Uue-Poltsamaa_vallakohus, lk 68
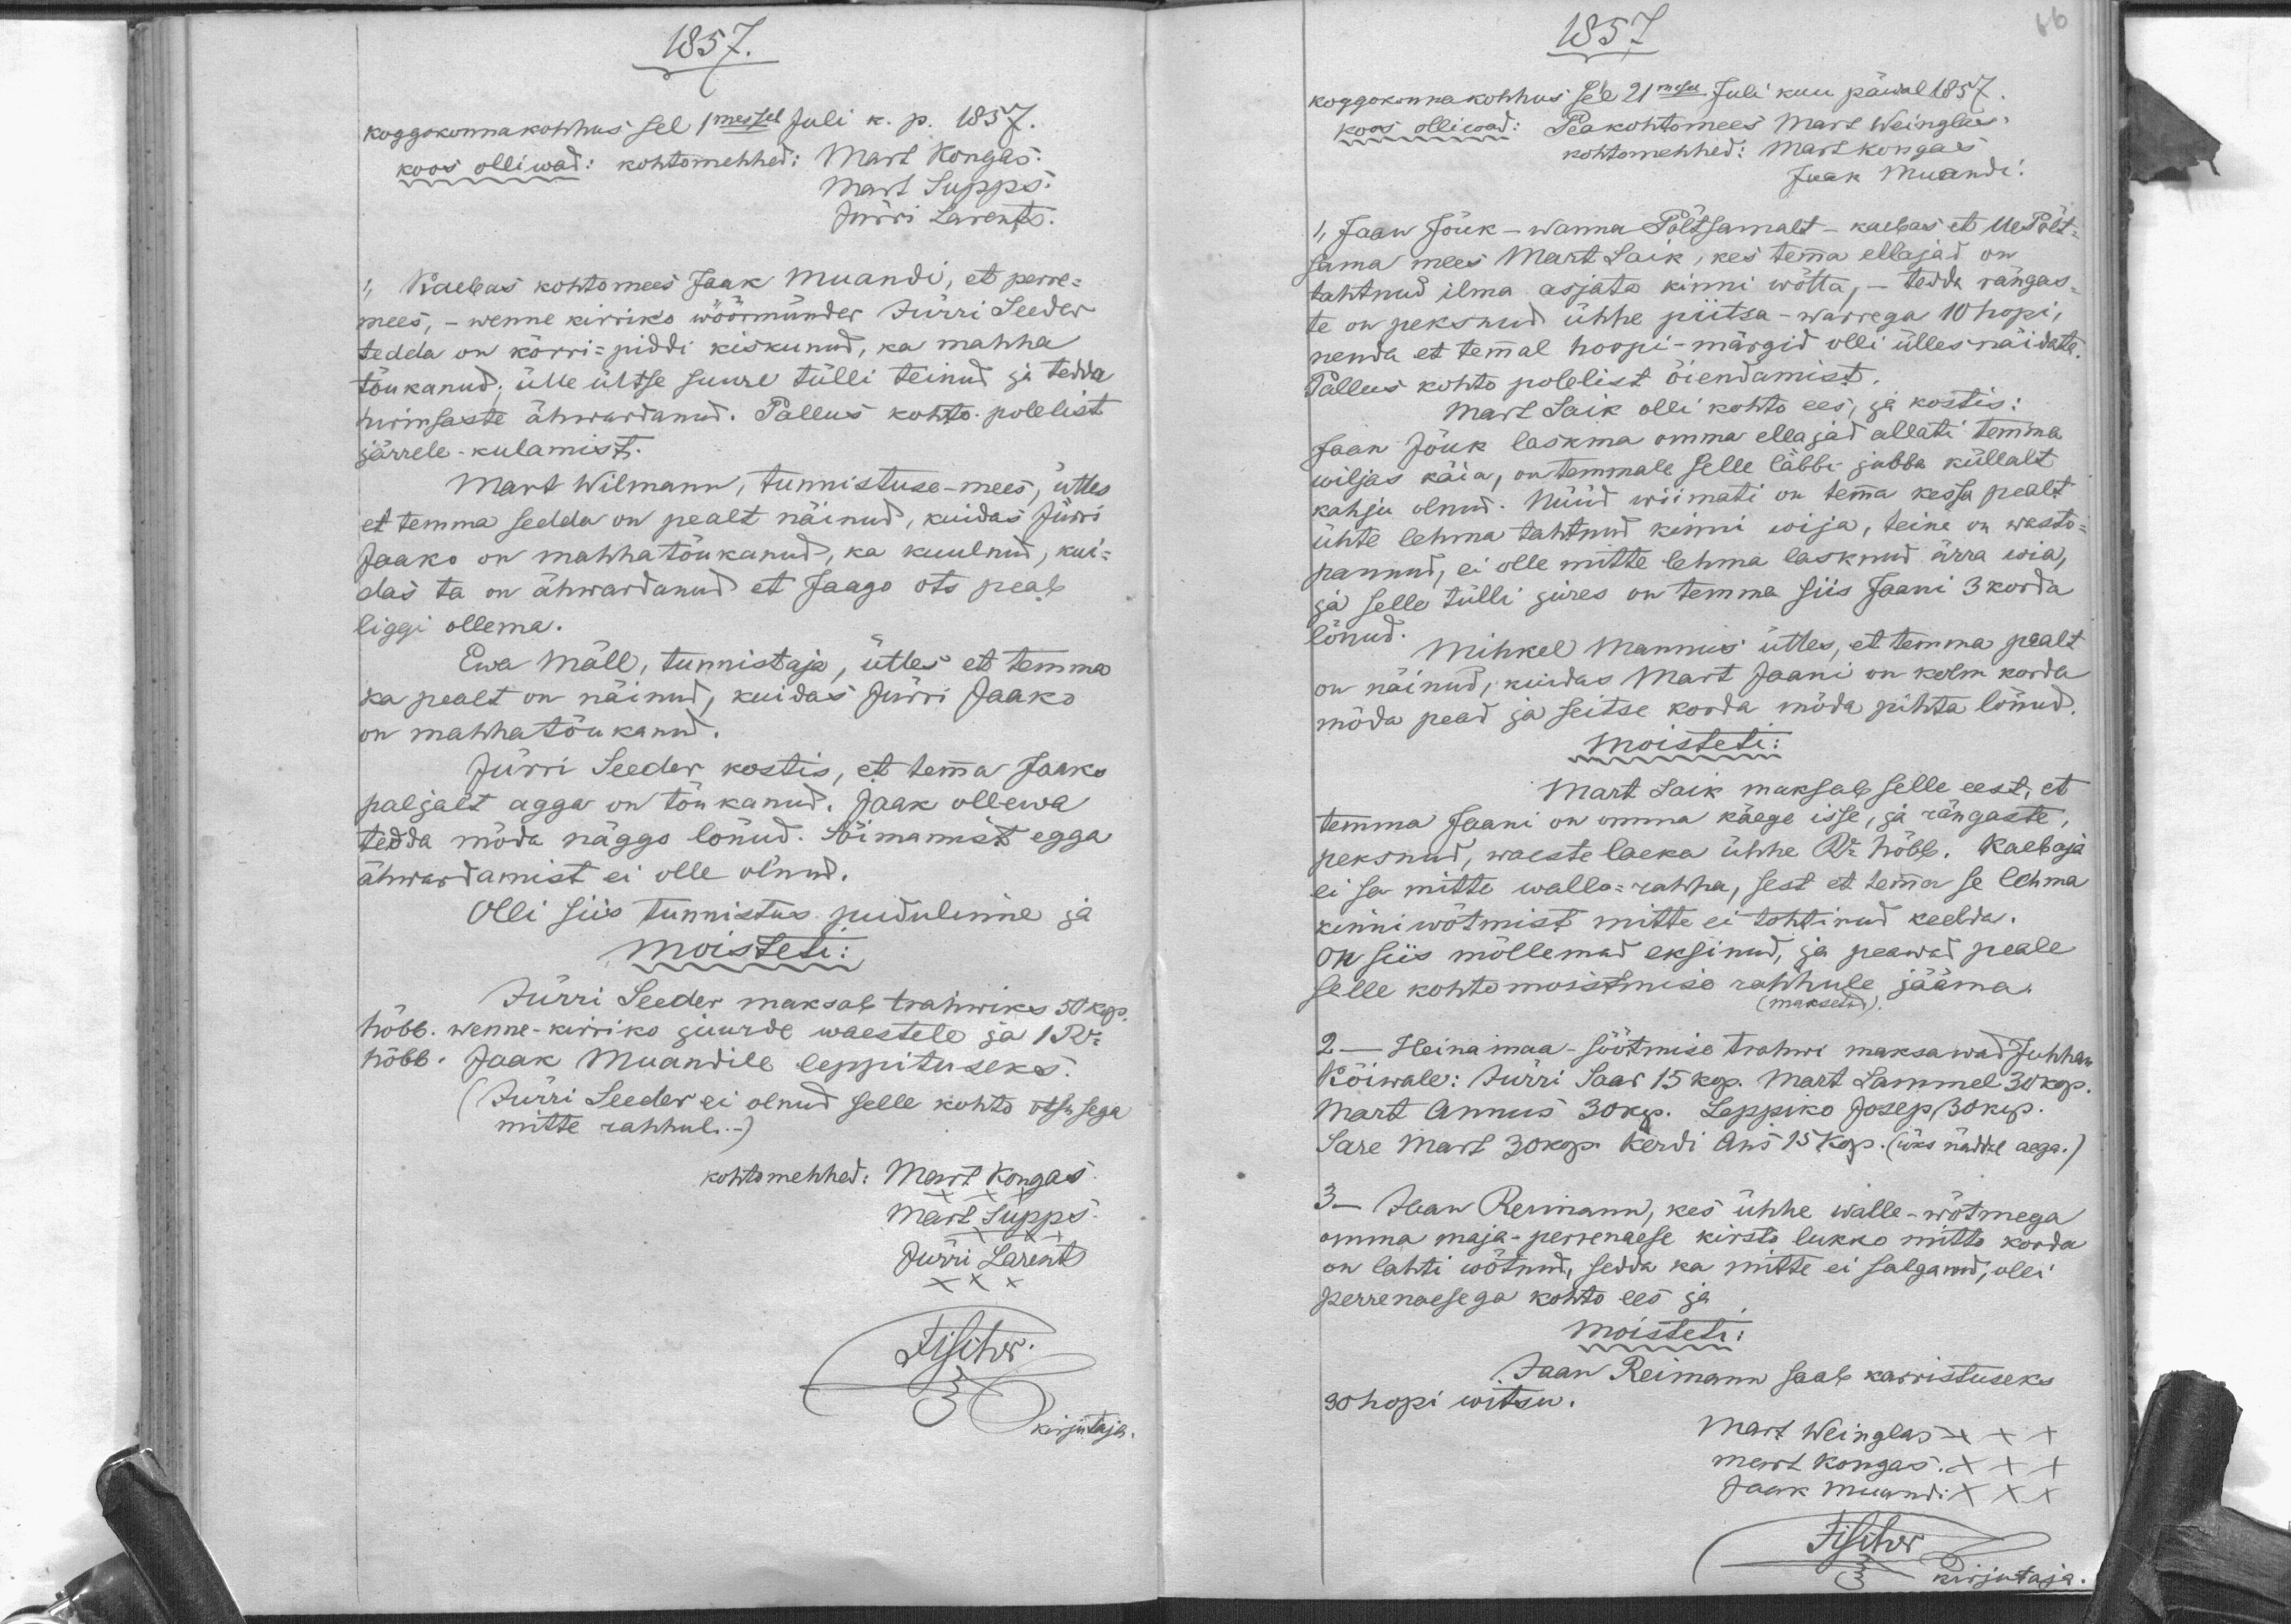
1857.
koggokonnakohhus sel 1messel Juli k. p. 1857.
Mart Kongas
koos olliwad: kohtomehhed:
Mart Supps.
Jürri Larents.
Kaebas kohtomees Jaak Muandi, et perre-
mees, - Wenne kirriko wöörmünder Jürri Seeder
tedda on kõrri-piddi kiskunud, ka mahha
tõukanud, ülle ültse suure tülli teinud ja tedda
hirmsaste ähwardanud. Pallus kohto polelist
järrele-kulamist.
Mart Wilmann tunnistuse-mees, ütles
et temma sedda on pealt näinud, kuidas Jürri
Jaako on mahha tõukanud, ka kuulnud, kui-
das ta on ähwardanud et Jaago ots peab
liggi ollema.
Ewa Mäll, tunnistaja, ütles et temma
ka pealt on näinud, kuidas Jürri Jaako
on mahhatõukanud.
Jürri Seeder kostis, et temma Jaako
paljalt agga on tõukanud. Jaak ollewa
tedda möda näggo lönud. Sõimamast egga
ähwardamist ei olle olnud.
Olli siis tunnistus pudulinne ja
moisteti:
Jürri Seeder maksab trahwiks 50 kop.
hõbb. wenne-kirriko juurde waestele ja 1Ru
hõbb. Jaak Muandile leppituseks.
(Jürri Seeder ei olnud selle kohto otsusega
mitte rahhul.)
Kohtomehhed
Mart Kongas
Mart Supps.
Jürri Larents

1857
koggokonnakohhus sel 21mesel Juli kuu päwal 1857.
koos olliwad: Peakohtomees Mart Weinglas
kohtomehhed: Mart Kongas
Jaak Muandi
1) Jaan Jõuk - Wanna Põltsamalt - kaebas et Ue Põlt-
sama mees Mart Saik, kes temma ellajad on
tahtnud ilma asjata kinnni wõtta, - tedda rängas-
te on peksnud ühhe piitsa-warrega 10 hopi,
nenda et temmal hoopi-märgid olli ülles näidata
Pallus kohto polelist õiendamist.
Mart Saik olli kohto ees, ja kostis.
Jaan Jõuk laskma omma ellajad allati temma
wiljas käia, on temmale selle läbbi jubba küllalt
kahju olnud. Nüüd wiimati on temma kessa pealt
ühte lehma tahtnud kinni wija, teine on wasto-
pannud, ei olle mitte lehma lasknud ärra wia,
ja selle tülli jures on temma siis Jaani 3 korda
lönud.
Mihkel Mannus ütles, et temma pealt
on näinud, kuidas Mart Jaani on kolm korda
möda pead ja seitse korda möda pihta lönud.
moisteti:
Mart Saik maksab selle eest, et
temma Jaani on omma käege isse, ja rängaste
peksnud, waeste laeka ühhe Ru hõbb. Kaebaja
ei sa mitte wallo-rahha, sest et temma se lehma
kinniwõtmist mitte ei tohtinud keelda.
On siis mõllemad eksinud, ja peawad peale
selle kohtomoistmise rahhule jääma
(maksetud).
2. - Heinamaa söötmise Trahwi maksawad Juhhan
Kõiwale: Jürri Saar 15 kop. Mart Sammel 30 kop.
Mart Annus 30 kop. Leppiko Josep 30 kop.
Sare Mart 30 kop. Kerdi Ans 15 kop. (üks näddal aega.)
3 - Jaan Reimann, kes ühhe walle-wõtmega
omma maja-perrenaese kirsto lukko mitto korda
on lahti wõtnud, sedda ka mitte ei salgand, olli
perrenaesega kohto ees ja 
moisteti:
Jaan Reimann saab karristuseks
30 hopi witsu.
Mart Weinglas XXX
Mart Kongas XXX
Jaak Muandi XXX